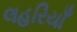
લહરિયાઁ